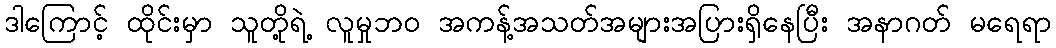
ဒါကြောင့် ထိုင်းမှာ သူတို့ရဲ့ လူမှုဘ၀ အကန့်အသတ်အများအပြားရှိနေပြီး အနာဂတ် မရေရာ